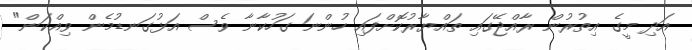
އަދި މީގެ އިތުރުން ރާއްޖޭގައި ތައްޔާރުކޮށްފައި ހުންނަ ގަހުކާނާ ވެސް އަޅުގަނޑުމެން ވިއްކަން"